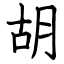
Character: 胡